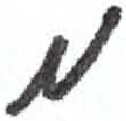
אות: מ